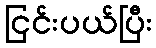
ငြင်းပယ်ပြီး